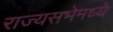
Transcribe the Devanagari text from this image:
राज्यसभेमध्ये